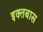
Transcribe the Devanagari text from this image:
इक्तबास